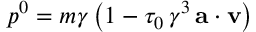
p ^ { 0 } = m \gamma \, \bigl ( 1 - \tau _ { 0 } \, \gamma ^ { 3 } \, { \bf a } \cdot { \bf v } \bigr )